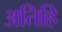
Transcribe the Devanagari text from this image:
अतिहि